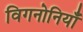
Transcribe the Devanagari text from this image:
विगनोनियाँ